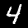
Digit: 4